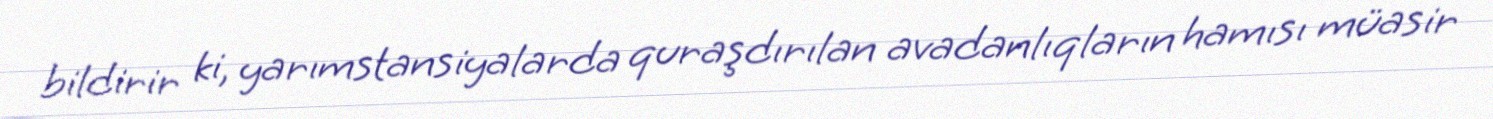
bildirir ki, yarımstansiyalarda quraşdırılan avadanlıqların hamısı müasir